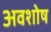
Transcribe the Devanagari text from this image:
अवशोष